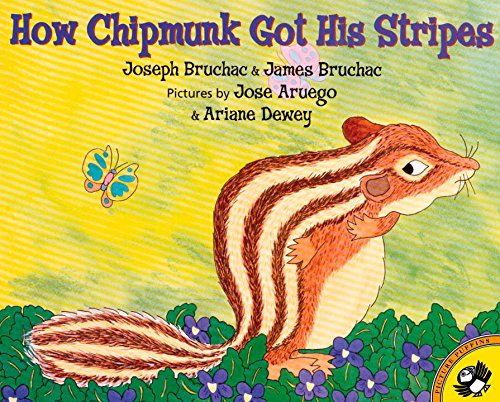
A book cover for How Chipmunk Got His Stripes (Picture Puffins); Joseph Bruchac; Children's Books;